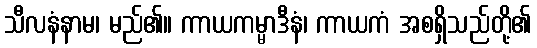
သီလနံနာမ၊ မည်၏။ ကာယကမ္မာဒီနံ၊ ကာယကံ အစရှိသည်တို့၏